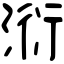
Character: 𣶹